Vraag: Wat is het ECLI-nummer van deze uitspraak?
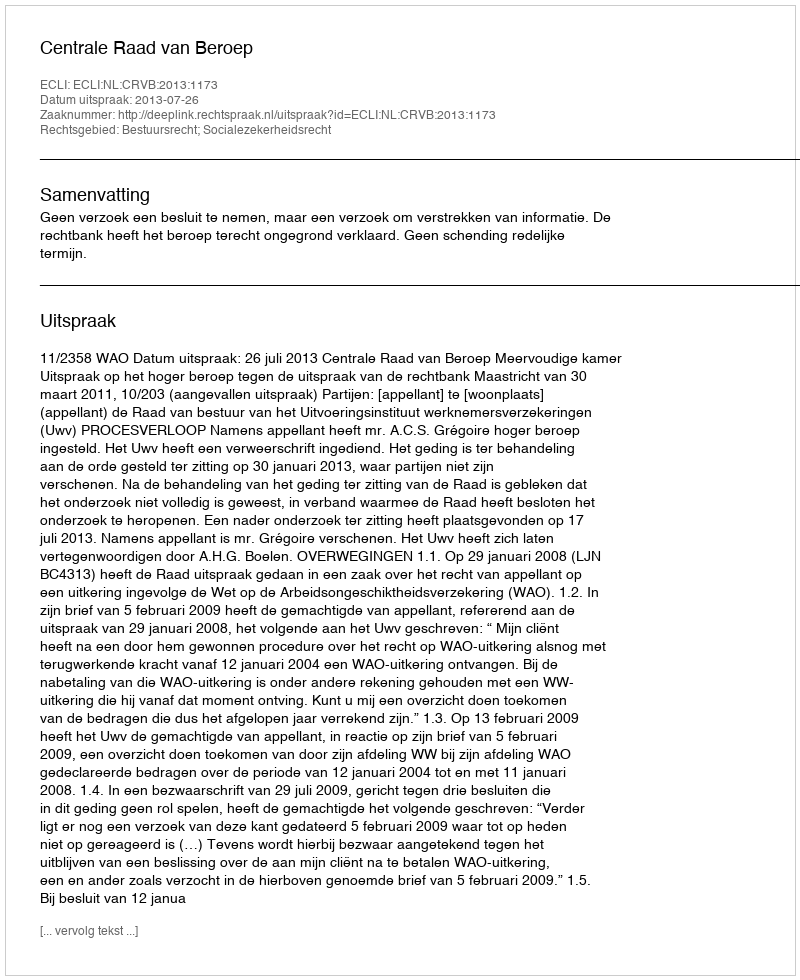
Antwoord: ECLI:NL:CRVB:2013:1173